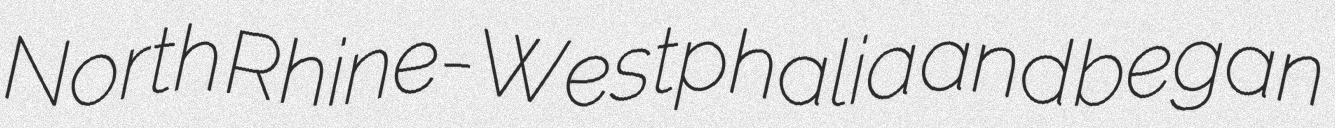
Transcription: North Rhine-Westphalia and began